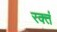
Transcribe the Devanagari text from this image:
रक्तं